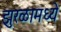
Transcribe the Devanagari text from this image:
झुरळामध्ये